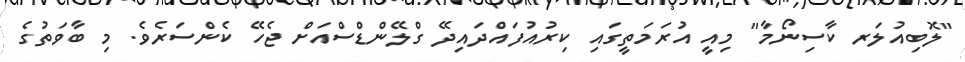
"ލޮބިއުލަރ ކާސިނޯމާ" މިއީ އުރަމަތީގައި ކިރުއުފައްދައިދޭ ގްލޭންޑްސްއަށް ޖެހޭ ކެންސަރެވެ. މި ބާވަތުގެ